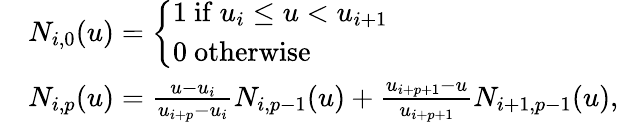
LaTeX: \begin{array}{rl}&{N_{i,0}(u)=\left\{ \begin{array}{ll}{1\mathrm{~if~}u_{i}\le u<u_{i+1}}\\ {0\mathrm{~otherwise}}\end{array}\right.}\\ &{N_{i,p}(u)=\frac{u-u_{i}}{u_{i+p}-u_{i}}N_{i,p-1}(u)+\frac{u_{i+p+1}-u}{u_{i+p+1}}N_{i+1,p-1}(u),}\end{array}